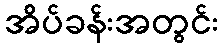
အိပ်ခန်းအတွင်း